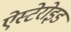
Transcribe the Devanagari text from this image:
ऐस्टेरोइड